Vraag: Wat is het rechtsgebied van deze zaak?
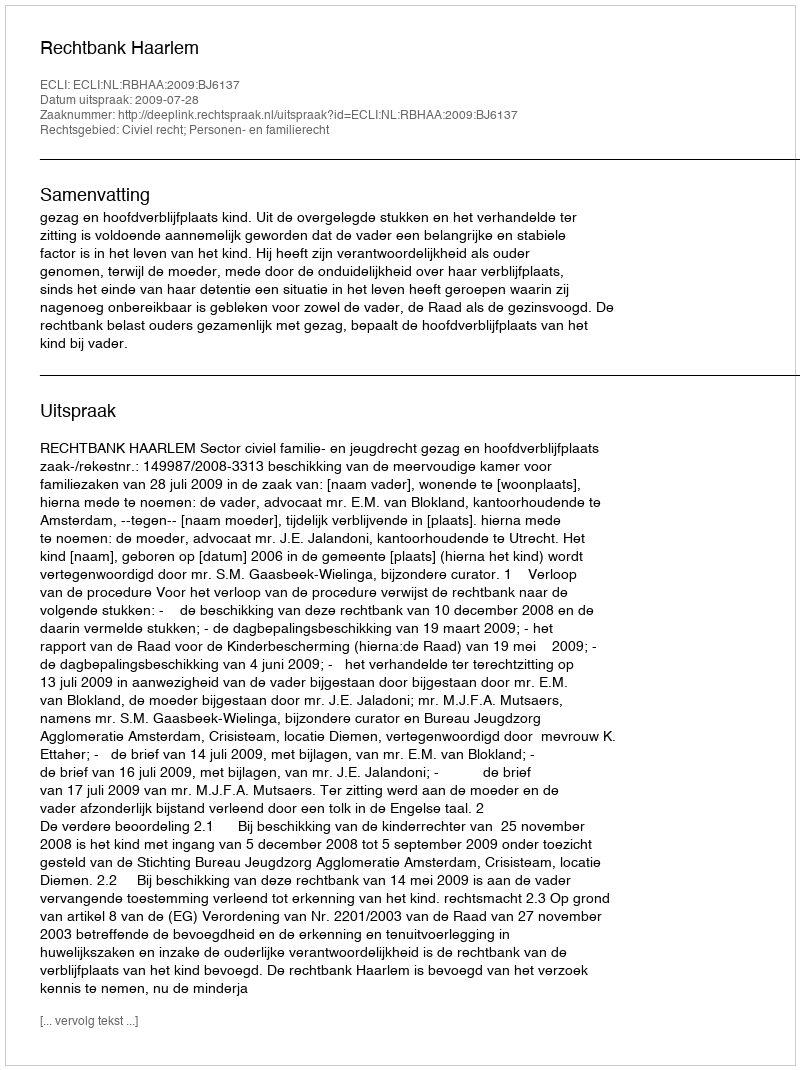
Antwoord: Civiel recht; Personen- en familierecht